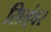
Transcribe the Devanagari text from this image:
सित्ंबर